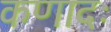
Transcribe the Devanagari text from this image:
कणादः